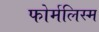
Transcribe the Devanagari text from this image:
फोर्मलिस्म